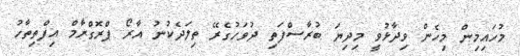
މުހައިމިން މިހެން ވިދާޅުވީ މިދިޔަ ބުރާސްފަތި ދުވަހުގެރޭ ތިލަދެކުނު އާރޯ ޕްރޮގްރާމް އިފްތިތާހު